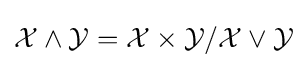
{\mathcal {X}}\wedge {\mathcal {Y}}={\mathcal {X}}\times {\mathcal {Y}}/{\mathcal {X}}\vee {\mathcal {Y}}